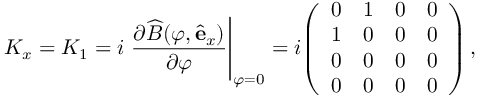
K _ { x } = K _ { 1 } = i \left. { \frac { \partial { \widehat { B } } ( \varphi , { \hat { \mathbf { e } } } _ { x } ) } { \partial \varphi } } \right| _ { \varphi = 0 } = i { \left( \begin{array} { l l l l } { 0 } & { 1 } & { 0 } & { 0 } \\ { 1 } & { 0 } & { 0 } & { 0 } \\ { 0 } & { 0 } & { 0 } & { 0 } \\ { 0 } & { 0 } & { 0 } & { 0 } \end{array} \right) } \, ,